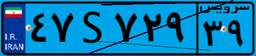
۴۷S۷۲۹۳۹